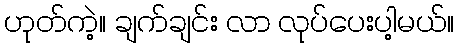
ဟုတ်ကဲ့။ ချက်ချင်း လာ လုပ်ပေးပါ့မယ်။